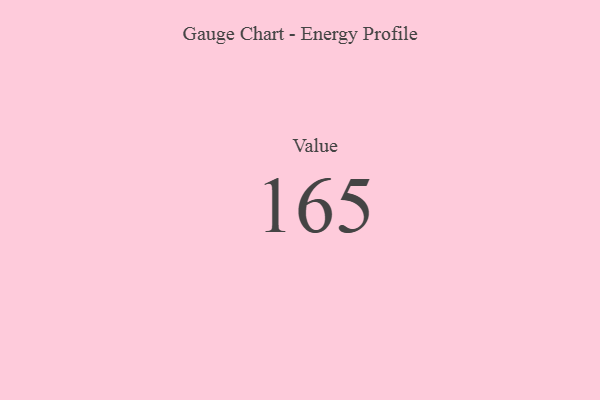
{"axis": {"x": "Metric", "y": "Value"}, "legend": [""], "data": [{"x": "Value", "y": 165, "type": ""}]}